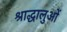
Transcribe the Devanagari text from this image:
श्राद्धालुओं